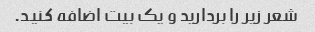
شعر زیر را بردارید و یک بیت اضافه کنید.